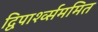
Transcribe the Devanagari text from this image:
द्विपार्श्व्सममित